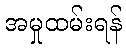
အမှုထမ်းရန်